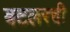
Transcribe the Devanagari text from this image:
बटलरची